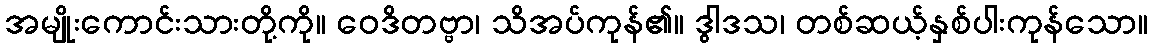
အမျိုးကောင်းသားတို့ကို။ ဝေဒိတဗ္ဗာ၊ သိအပ်ကုန်၏။ ဒွါဒသ၊ တစ်ဆယ့်နှစ်ပါးကုန်သော။